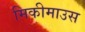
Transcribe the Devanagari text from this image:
मिकीमाउस